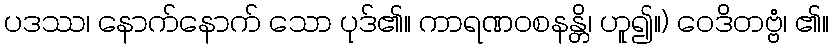
ပဒဿ၊ နောက်နောက် သော ပုဒ်၏။ ကာရဏဝစနန္တိ၊ ဟူ၍။) ဝေဒိတဗ္ဗံ၊ ၏။